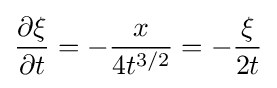
{\frac {\partial \xi }{\partial t}}=-{\frac {x}{4t^{3/2}}}=-{\frac {\xi }{2t}}